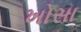
ખોસા